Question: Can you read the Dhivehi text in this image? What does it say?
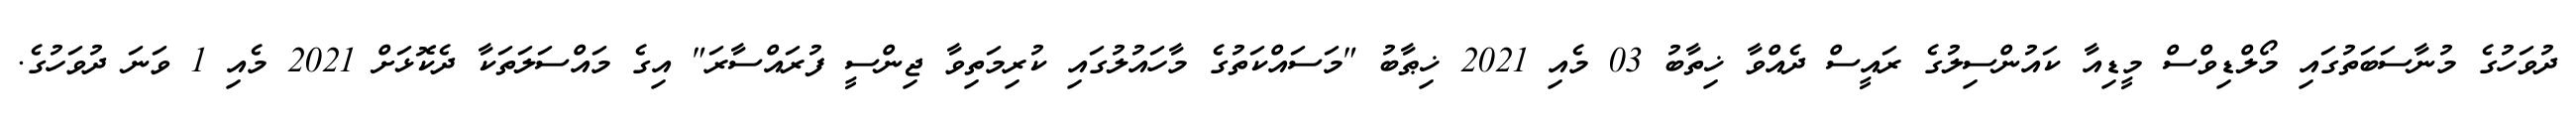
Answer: ދުވަހުގެ މުނާސަބަތުގައި މޯލްޑިވްސް މީޑިއާ ކައުންސިލުގެ ރައީސް ދެއްވާ ޚިތާބު 03 މެއި 2021 ޚިޠާބު "މަސައްކަތުގެ މާހައުލުގައި ކުރިމަތިވާ ޖިންސީ ފުރައްސާރަ" އިގެ މައްސަލަތަކާ ދެކޮޅަށް 2021 މެއި 1 ވަނަ ދުވަހުގެ.